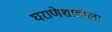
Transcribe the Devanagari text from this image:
घराणेशाहीला